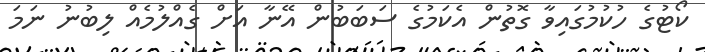
ކޯޓުގެ ހުކުމުގައިވާ ގޮތުން އެކަމުގެ ސަބަބުން އޭނާ އަށް ގެއްލުމެއް ލިބުނު ނަމަ